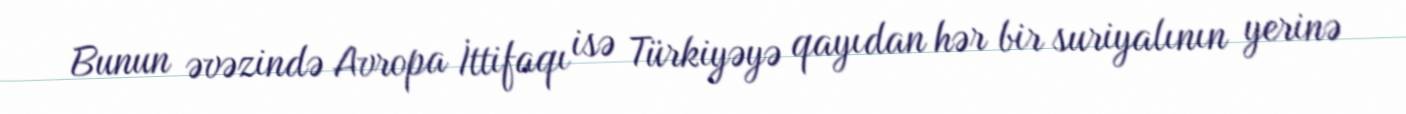
Bunun əvəzində Avropa İttifaqı isə Türkiyəyə qayıdan hər bir suriyalının yerinə